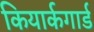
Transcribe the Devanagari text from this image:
कियार्कगार्ड